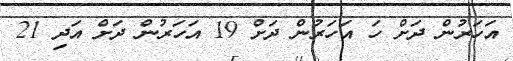
އަހަރުން ދަށް ހަ އަހަރުން ދަށް 19 އަހަރުން ދަށް އަދި 21